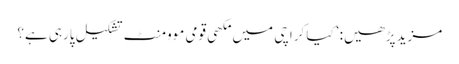
مزید پڑھیں: ’کیا کراچی میں مکھی قومی موومنٹ تشکیل پارہی ہے؟